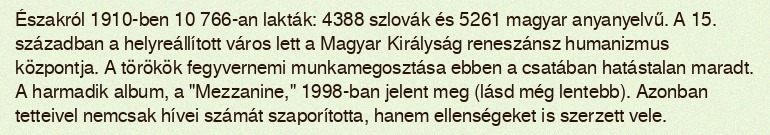
Északról 1910-ben 10 766-an lakták: 4388 szlovák és 5261 magyar anyanyelvű. A 15. században a helyreállított város lett a Magyar Királyság reneszánsz humanizmus központja. A törökök fegyvernemi munkamegosztása ebben a csatában hatástalan maradt. A harmadik album, a "Mezzanine," 1998-ban jelent meg (lásd még lentebb). Azonban tetteivel nemcsak hívei számát szaporította, hanem ellenségeket is szerzett vele.